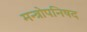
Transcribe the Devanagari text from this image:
मन्त्रोपनिषद